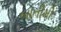
બાતીમી